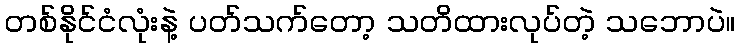
တစ်နိုင်ငံလုံးနဲ့ ပတ်သက်တော့ သတိထားလုပ်တဲ့ သဘောပဲ။